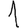
Digit: 1